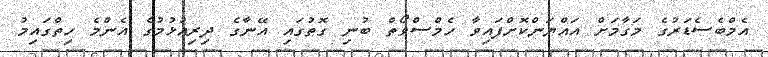
އެމްބެސެޑަރުގެ މަގާމަށް އައްޔަންކޮށްފައިވާ ހެމްސްވޯތް ބުނި ގޮތުގައި އޭނާގެ ދިރިއުޅުމުގެ އެންމެ ހިތްގައިމު